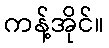
ကန့်အိုင်။